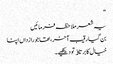
“
یہ شعر ملاحظہ فرمائیں
بن گیا رقیب آخر، تھا جو رازداں اپنا
خیال کا برتاﺅ تو دیکھیے۔